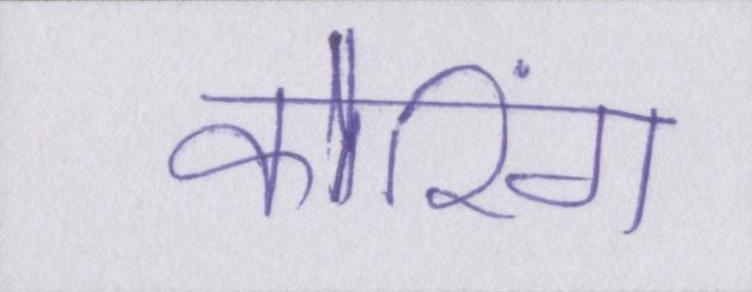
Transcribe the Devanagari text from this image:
कोरिंग